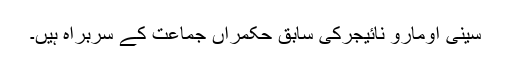
سینی اومارو نائیجرکی سابق حکمراں جماعت کے سربراہ ہیں۔